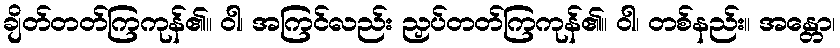
ချိတ်တတ်ကြကုန်၏။ ဝါ၊ အကြင်လည်း ညှပ်တတ်ကြကုန်၏။ ဝါ၊ တစ်နည်း။ အန္တော၊